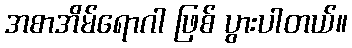
အစာအိမ်ရောဂါ ဖြစ် ပွားပါတယ်။